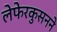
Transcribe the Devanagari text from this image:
लेफेरकुसनने